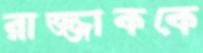
রাজ্জাককে